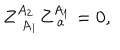
Z _ { \; A _ { 1 } } ^ { A _ { 2 } } Z _ { \; a } ^ { A _ { 1 } } = 0 ,